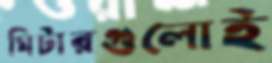
মিটারগুলোই